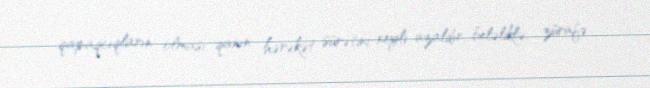
qapaqcıqların olması qanın hərəkət sürətini xeyli azaldır, beləliklə, zürafə